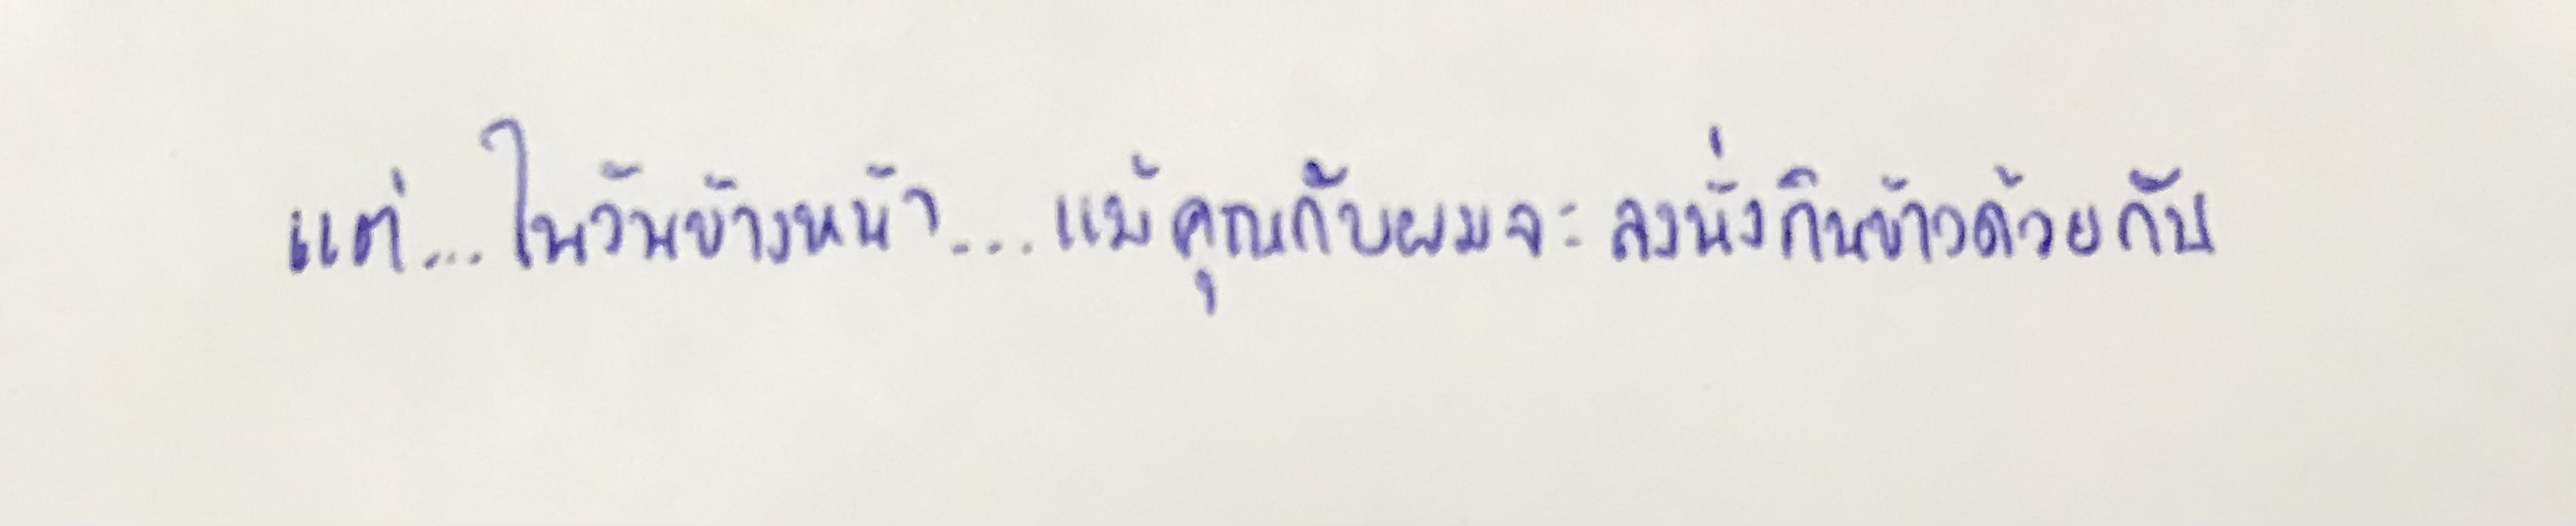
แต่...ในวันหน้า...แม้คุณกับผมจะลงนั่งกินข้าวด้วยกัน